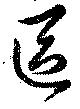
區